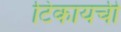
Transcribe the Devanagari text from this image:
टिकायची